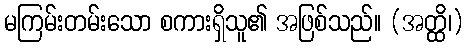
မကြမ်းတမ်းသော စကားရှိသူ၏ အဖြစ်သည်။ (အတ္ထိ၊)